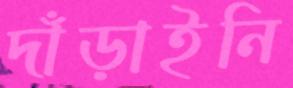
দাঁড়াইনি